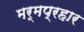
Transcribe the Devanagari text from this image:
मर्मप्रहार